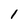
Character: 1